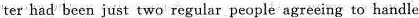
ter had been just two re :gular people agreeing to handle